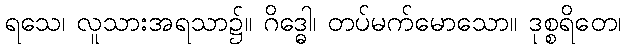
ရသေ၊ လူသားအရသာ၌။ ဂိဒ္ဓေါ၊ တပ်မက်မောသော။ ဒုစ္စရိတေ၊